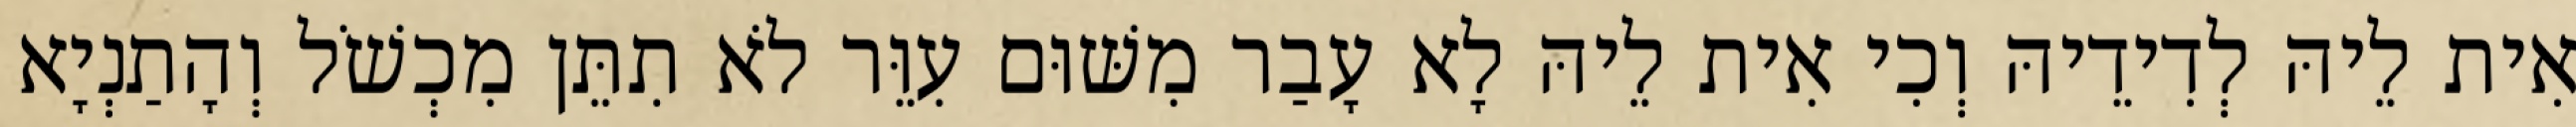
אִית לֵיהּ לְדִידֵיהּ וְכִי אִית לֵיהּ לָא עָבַר מִשּׁוּם עִוֵּר לֹא תִתֵּן מִכְשֹׁל וְהָתַנְיָא